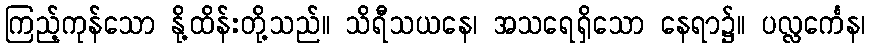
ကြည့်ကုန်သော နို့ထိန်းတို့သည်။ သိရီသယနေ၊ အသရေရှိသော နေရာ၌။ ပလ္လင်္ကေန၊